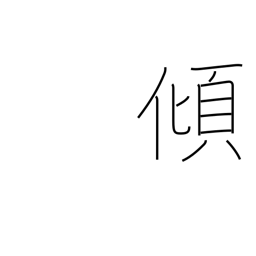
Meaning: lean